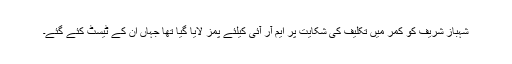
شہباز شریف کو کمر میں تکلیف کی شکایت پر ایم آر آئی کیلئے پمز لایا گیا تھا جہاں ان کے ٹیسٹ کئے گئے۔